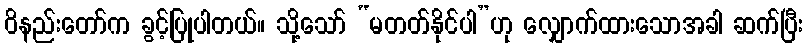
ဝိနည်းတော်က ခွင့်ပြုပါတယ်။ သို့သော် “မတတ်နိုင်ပါ”ဟု လျှောက်ထားသောအခါ ဆက်ပြီး